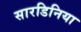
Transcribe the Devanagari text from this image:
सारडिनिया